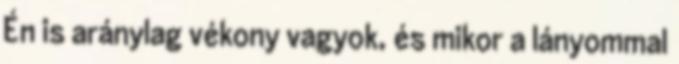
Én is aránylag vékony vagyok, és mikor a lányommal